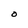
Character: O